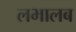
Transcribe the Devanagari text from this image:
लभालब